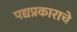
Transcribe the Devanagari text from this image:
पद्यप्रकाराचे